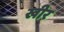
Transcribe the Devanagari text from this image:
खीर